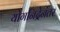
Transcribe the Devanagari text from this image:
योगनिद्रेनंतर